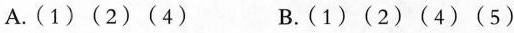
A.(1) (2) (4) B. (1) (2) (4) (5)